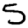
Digit: 5